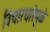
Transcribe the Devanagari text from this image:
विचारधारेमुळे